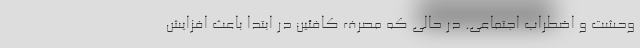
وحشت و اضطراب اجتماعی. در حالی که مصرف کافئین در ابتدا باعث افزایش